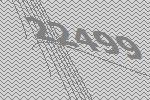
22499